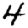
Digit: 4